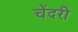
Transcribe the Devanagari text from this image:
चेंदरी